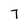
Character: 7